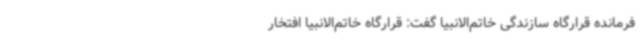
فرمانده قرارگاه سازندگی خاتم‌الانبیا گفت: قرارگاه خاتم‌الانبیا افتخار